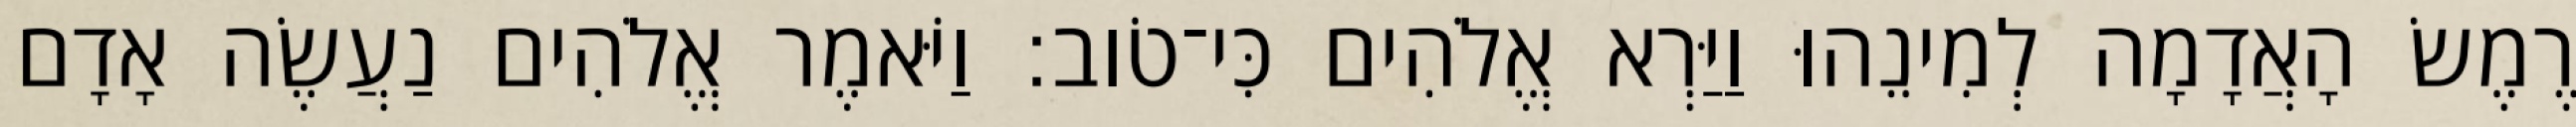
רֶמֶשׂ הָאֲדָמָה לְמִינֵהוּ וַיַּרְא אֱלֹהִים כִּי־טֹוב׃ וַיֹּאמֶר אֱלֹהִים נַעֲשֶׂה אָדָם